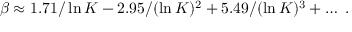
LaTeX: \beta \approx 1 . 7 1 / \ln K - 2 . 9 5 / ( \ln K ) ^ { 2 } + 5 . 4 9 / ( \ln K ) ^ { 3 } + \ldots \; .